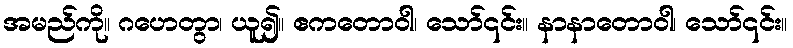
အမည်ကို။ ဂဟေတွာ၊ ယူ၍။ ဧကတောဝါ၊ သော်၎င်း။ နာနာတောဝါ၊ သော်၎င်း။